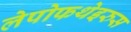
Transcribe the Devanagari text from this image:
लेपोफथेइरुस